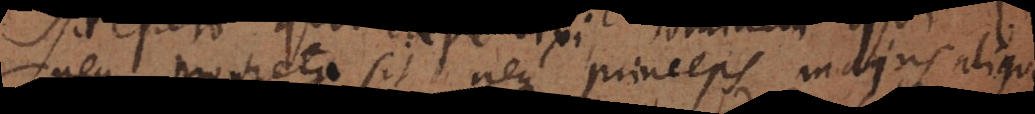
neque propheta sit, neque princeps, majus aliquid